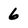
Character: 6